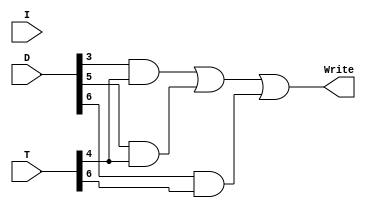
module RAM_Control_Signal(

	input  I,
	input [7:0] T, D,
	output wire Write
  //  , Read from Common BUS
);
	wire Dn7,A;
	assign Dn7 = ~D[7];
	assign A = D[2] | D[1] | D[0];

//    always @(*) begin
// 	 Write =/* (T[1]) |*/ (D[3] & T[4]) |(D[5] & T[4]) | (D[6] & T[6]);   // remove interrupt
//    end


    assign Write = /* (T[1]) | */ (D[3] & T[4]) | (D[5] & T[4]) | (D[6] & T[6]);   // remove interrupt
	// assign Read = (T[1]) | (Dn7 & I & T[3]) | (D[6] & T[4]) | (A & T[4]); from CommonBus

endmodule